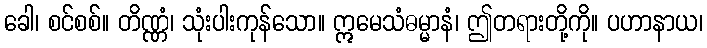
ခေါ၊ စင်စစ်။ တိဏ္ဏံ၊ သုံးပါးကုန်သော။ ဣမေသံဓမ္မာနံ၊ ဤတရားတို့ကို။ ပဟာနာယ၊